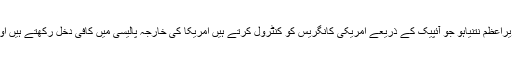
سابق امریکی سینیٹر میک گریول نے پرس ٹی وی سے گفتگو کرتے ہوئے کہا ہے کہ اسرائیلی وزیراعظم نتنیاہو جو آئپیک کے ذریعے امریکی کانگریس کو کنٹرول کرتے ہیں امریکا کی خارجہ پالیسی میں کافی دخل رکھتے ہیں اور وہ اپنے اسی اثر و رسوخ کی بدولت ایران کے ساتھ ہوئے ایٹمی معاہدے کو ختم کرانا چاہتے ہیں۔